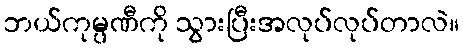
ဘယ်ကုမ္ပဏီကို သွားပြီးအလုပ်လုပ်တာလဲ။